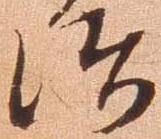
治